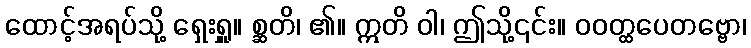
ထောင့်အရပ်သို့ ရှေးရှူ။ စ္ဆတိ၊ ၏။ ဣတိ ဝါ၊ ဤသို့၎င်း။ ဝဝတ္ထပေတဗ္ဗော၊